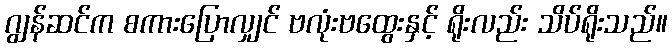
ဂျွန်ဆင်က စကားပြောလျှင် ဗလုံးဗထွေးနှင့် ရိုးလည်း သိပ်ရိုးသည်။